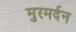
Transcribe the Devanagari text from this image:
मुरमर्दन